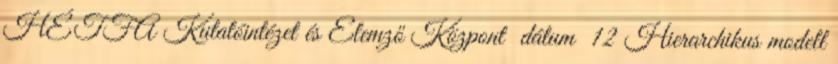
HÉTFA Kutatóintézet és Elemző Központ dátum 12 Hierarchikus modell